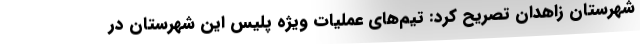
شهرستان زاهدان تصریح کرد: تیم‌های عملیات ویژه پلیس این شهرستان در